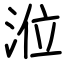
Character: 涖